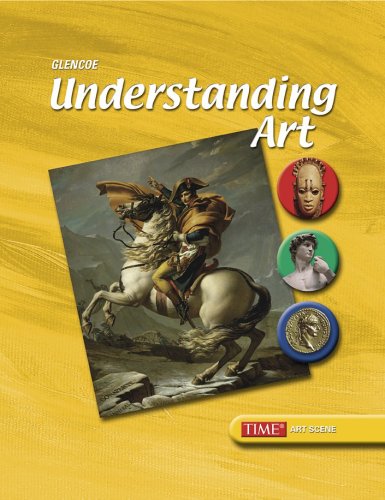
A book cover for Understanding Art, Student Edition; McGraw-Hill Education; Teen & Young Adult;